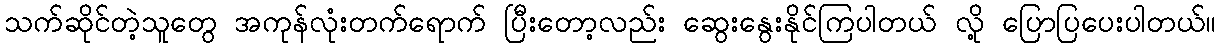
သက်ဆိုင်တဲ့သူတွေ အကုန်လုံးတက်ရောက် ပြီးတော့လည်း ဆွေးနွေးနိုင်ကြပါတယ် လို့ ပြောပြပေးပါတယ်။